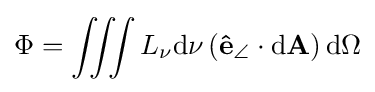
\Phi =\iiint L_{\nu }\mathrm {d} \nu \left(\mathbf {\hat {e}} _{\angle }\cdot \mathrm {d} \mathbf {A} \right)\mathrm {d} \Omega \,\!